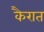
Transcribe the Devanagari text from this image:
कैरात